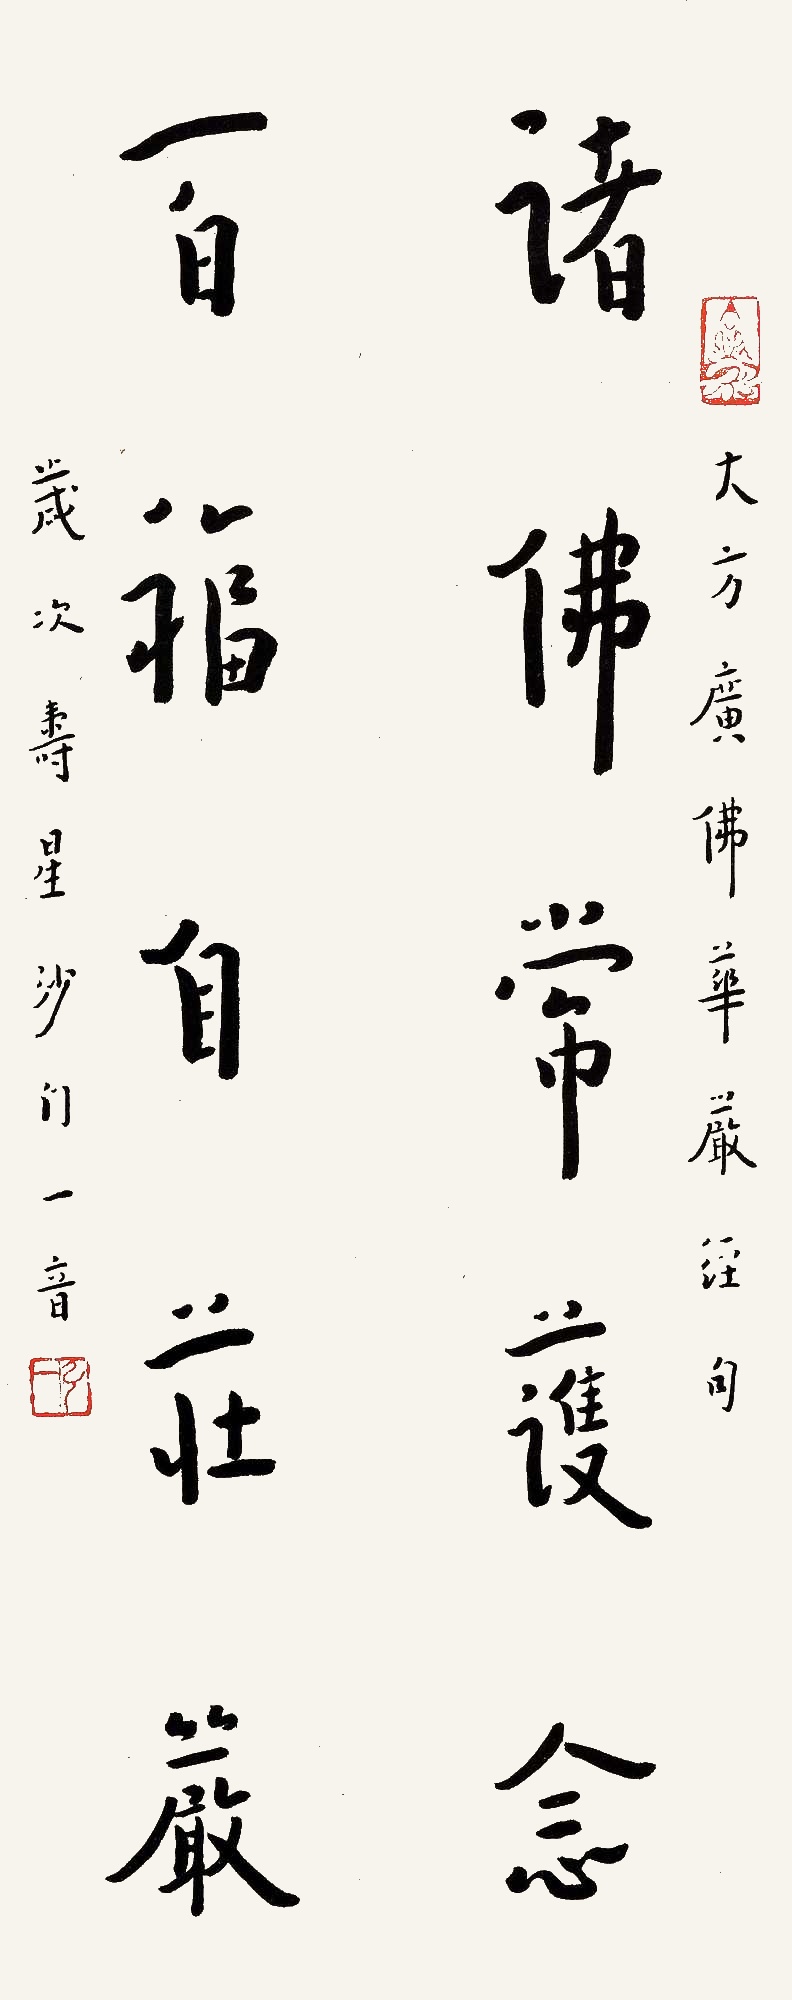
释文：诸佛常护念，百福自庄严。大方广佛华严经句，岁次寿星，沙门一音。